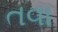
તવા